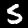
Label: 5